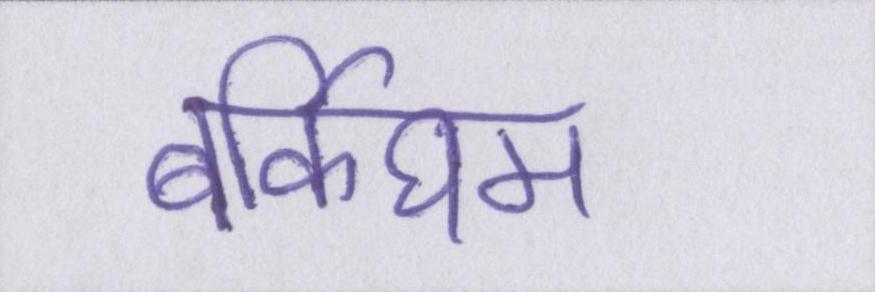
बर्किघम